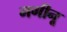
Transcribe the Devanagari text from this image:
मगीनू